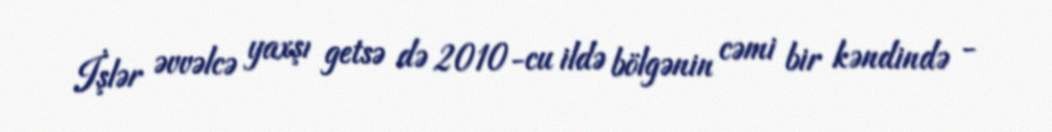
İşlər əvvəlcə yaxşı getsə də 2010-cu ildə bölgənin cəmi bir kəndində -